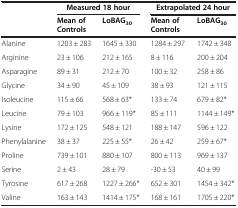
<table><thead><tr><td rowspan="2"><b> </b></td><td colspan="2"><b>Measured 18 hour</b></td><td colspan="2"><b>Extrapolated 24 hour</b></td></tr><tr><td><b>Mean of Controls</b></td><td><b>LoBAG<sub>30</sub></b></td><td><b>Mean of Controls</b></td><td><b>LoBAG<sub>30</sub></b></td></tr></thead><tbody><tr><td>Alanine</td><td>1203 ± 283</td><td>1645 ± 330</td><td>1284 ± 297</td><td>1742 ± 348</td></tr><tr><td>Arginine</td><td>23 ± 106</td><td>212 ± 165</td><td>8 ± 116</td><td>200 ± 204</td></tr><tr><td>Asparagine</td><td>89 ± 31</td><td>212 ± 70</td><td>100 ± 32</td><td>258 ± 86</td></tr><tr><td>Glycine</td><td>34 ± 90</td><td>45 ± 109</td><td>38 ± 93</td><td>121 ± 115</td></tr><tr><td>Isoleucine</td><td>115 ± 66</td><td>568 ± 63*</td><td>133 ± 74</td><td>679 ± 82*</td></tr><tr><td>Leucine</td><td>79 ± 103</td><td>966 ± 119*</td><td>85 ± 111</td><td>1144 ± 149*</td></tr><tr><td>Lysine</td><td>172 ± 125</td><td>548 ± 121</td><td>188 ± 147</td><td>596 ± 122</td></tr><tr><td>Phenylalanine</td><td>38 ± 37</td><td>225 ± 55*</td><td>26 ± 42</td><td>259 ± 67*</td></tr><tr><td>Proline</td><td>739 ± 101</td><td>880 ± 107</td><td>800 ± 113</td><td>969 ± 137</td></tr><tr><td>Serine</td><td>2 ± 43</td><td>28 ± 79</td><td>-30 ± 53</td><td>40 ± 99</td></tr><tr><td>Tyrosine</td><td>617 ± 268</td><td>1227 ± 266*</td><td>652 ± 301</td><td>1454 ± 342*</td></tr><tr><td>Valine</td><td>163 ± 143</td><td>1414 ± 175*</td><td>168 ± 161</td><td>1705 ± 220*</td></tr></tbody></table>